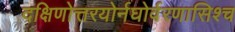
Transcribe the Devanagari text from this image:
दक्षिणोत्तरयोर्नघोर्वरणासिश्च